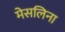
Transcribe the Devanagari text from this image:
मेसलिना